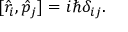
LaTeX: [ { \hat { r } } _ { i } , { \hat { p } } _ { j } ] = i \hbar \delta _ { i j } .